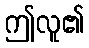
ဤလူ၏